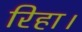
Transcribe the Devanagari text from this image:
रिहा।